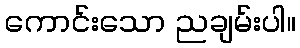
ကောင်းသော ညချမ်းပါ။